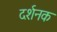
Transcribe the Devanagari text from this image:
दर्शनक